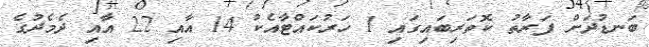
ބަނޑުދަށް ފަރާތު ކޮތަރިބައިގައި 1 ހަރުކައްޓާއެކު 14 އާއި 22 އާއި ދެމެދުގެ